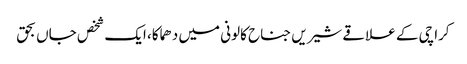
کراچی کے علاقے شیریں جناح کالونی میں دھماکا، ایک شخص جاں بحق